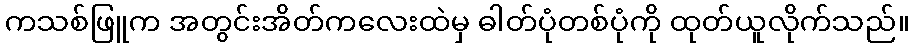
ကသစ်ဖြူက အတွင်းအိတ်ကလေးထဲမှ ဓါတ်ပုံတစ်ပုံကို ထုတ်ယူလိုက်သည်။